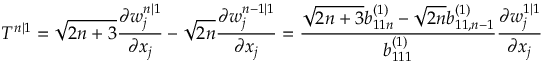
T ^ { n | 1 } = \sqrt { 2 n + 3 } \frac { \partial w _ { j } ^ { n | 1 } } { \partial x _ { j } } - \sqrt { 2 n } \frac { \partial w _ { j } ^ { n - 1 | 1 } } { \partial x _ { j } } = \frac { \sqrt { 2 n + 3 } b _ { 1 1 n } ^ { ( 1 ) } - \sqrt { 2 n } b _ { 1 1 , n - 1 } ^ { ( 1 ) } } { b _ { 1 1 1 } ^ { ( 1 ) } } \frac { \partial w _ { j } ^ { 1 | 1 } } { \partial x _ { j } }